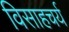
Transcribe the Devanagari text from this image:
विसाहचर्य